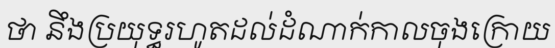
ថា នឹងប្រយុទ្ធរហូតដល់ដំណាក់កាលចុងក្រោយ